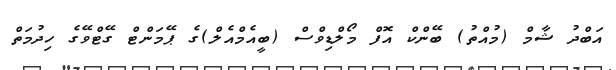
އަބްދު ޝާމް (މުއްތު) ބޭންކް އޮފް މޯލްޑިވްސް (ބީއެމްއެލް)ގެ ޕޭމަންޓް ގޭޓްވޭގެ ހިދުމަތް